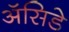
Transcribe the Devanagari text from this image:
ॲसिडे